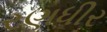
રણધીર